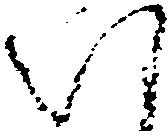
い